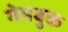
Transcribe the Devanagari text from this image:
गेमबुक